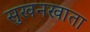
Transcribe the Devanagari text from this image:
सुखनखाता